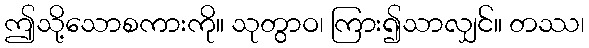
ဤသို့သောစကားကို။ သုတွာဝ၊ ကြား၍သာလျှင်။ တဿ၊